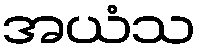
အယံသ